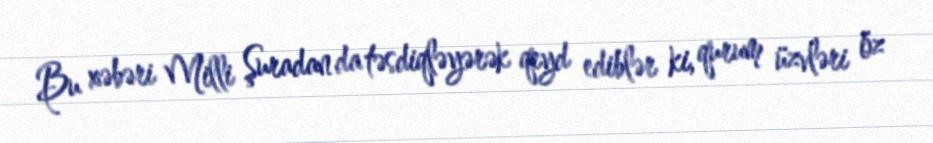
Bu xəbəri Milli Şuradan da təsdiqləyərək qeyd ediblər ki, qurum üzvləri öz